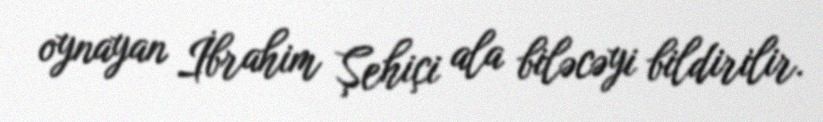
oynayan İbrahim Şehiçi ala biləcəyi bildirilir.